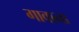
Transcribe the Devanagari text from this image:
गावाना